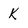
Character: K